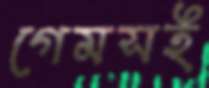
গেমসই